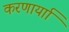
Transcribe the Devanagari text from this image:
करणार्याा